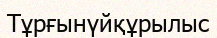
Тұрғынүйқұрылыс